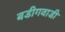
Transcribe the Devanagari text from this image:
बडीगवाडी